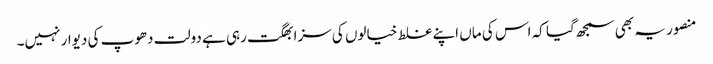
منصور یہ بھی سمجھ گیا کہ اس کی ماں اپنے غلط خیالوں کی سزا بھگت رہی ہے دولت دھوپ کی دیوار نہیں۔